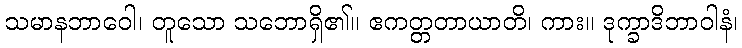
သမာနဘာဝေါ၊ တူသော သဘောရှိ၏။ ဧကတ္တတာယာတိ၊ ကား။ ဒုက္ခာဒိဘာဝါနံ၊